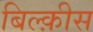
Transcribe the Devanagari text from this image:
बिल्क़ीस